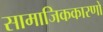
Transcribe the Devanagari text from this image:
सामाजिककारणों